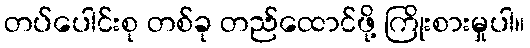
တပ်ပေါင်းစု တစ်ခု တည်ထောင်ဖို့ ကြိုးစားမှုပါ။